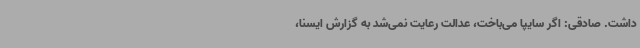
داشت. صادقی: اگر سایپا می‌باخت، عدالت رعایت نمی‌شد به گزارش ایسنا،